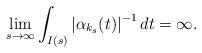
LaTeX: \begin{align*}\lim_{s\rightarrow\infty}\int\nolimits_{I(s)}\left\vert \alpha_{k_{s}}(t)\right\vert ^{-1}dt=\infty.\end{align*}